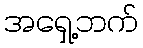
အရှေ့ဘက်